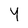
Character: Y